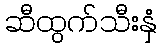
ဆီထွက်သီးနှံ